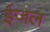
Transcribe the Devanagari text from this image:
ईजल